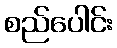
စည်ပေါင်း